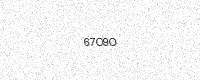
Text: 67O9O